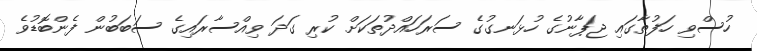
ހުސްވި ހަފުތާގައި ޖަޕާނުގެ ހުޅަނގުގެ ސަރަހައްދުތަކަށް ކުރި ގަދަ ވިއްސާރައިގެ ސަބަބުން ފެންބޮޑުވެ